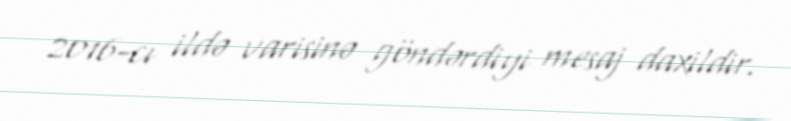
2016-cı ildə varisinə göndərdiyi mesaj daxildir.